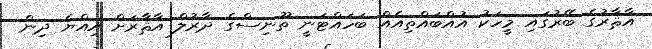
އާޘާރުގެ ބޭރުގައި މީހަކު އުއްބައްތިއެއް ބަހައްޓަނީ ތޫނިސްގެ ދާރުލް އާޘާރަށް އިއްޔެ ދިން